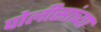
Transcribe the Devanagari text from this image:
पोलीसांच्या